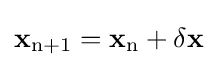
{\bf {x_{\rm {n+1}}=x_{\rm {n}}+\delta x}}